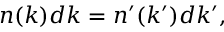
n ( k ) d k = n ^ { \prime } ( k ^ { \prime } ) d k ^ { \prime } ,